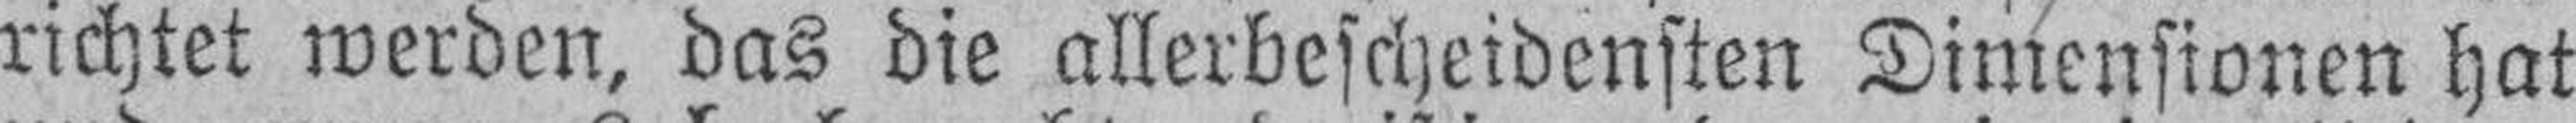
richtet werden, das die allerbescheidensten Dimensionen hat